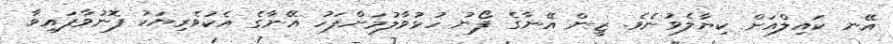
އޭނ ކައިލްއަށް ކިޔާލެވުނެވެ. ޒީން އޭނާގެ ފޯނު ހުޅުވާލުމަށްފަހު އޭނާގެ އެކުވެރިޔަކު ފޮނުވާފައިވާ